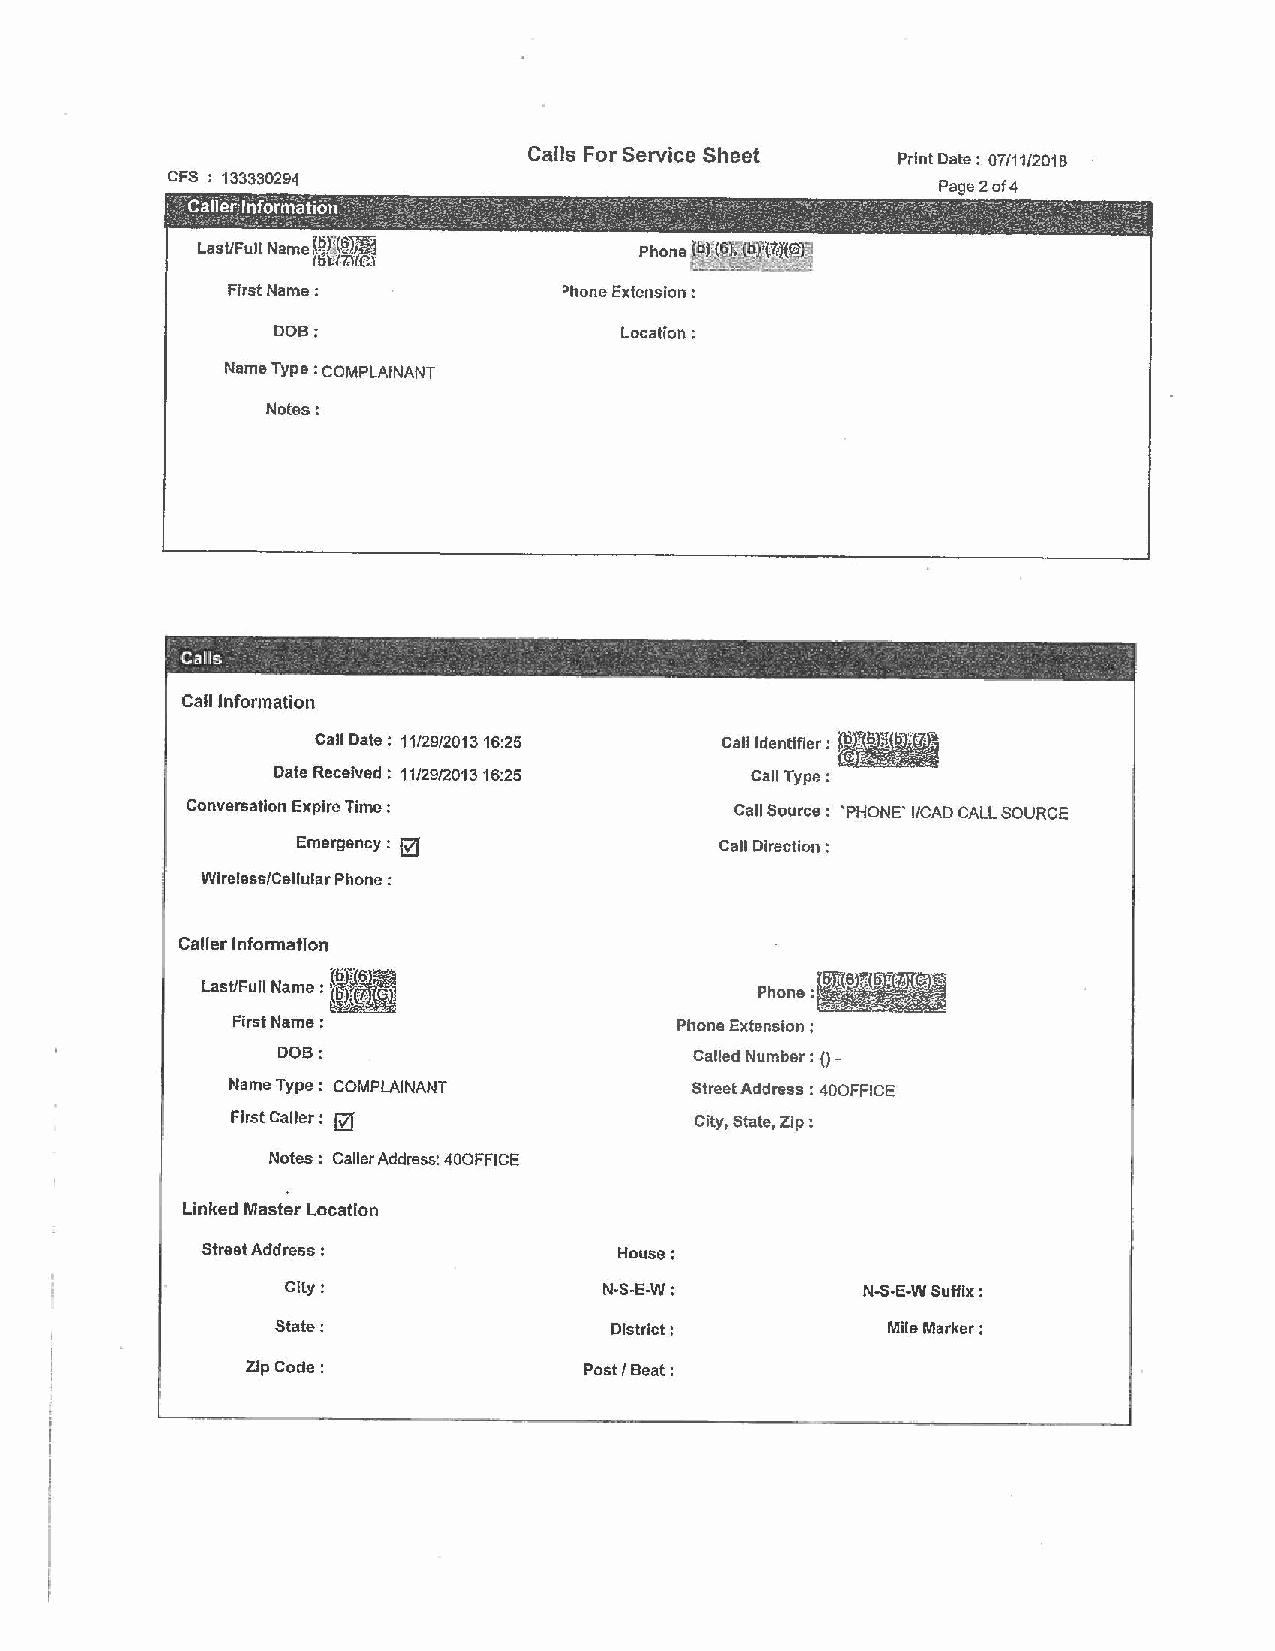
Calls For Service Sheet
 Prl nt Date : 07/11/2018
 CFS : 133330294
 Page 2of4
 Phone t&);(~(h~~~
 ~J:L~
 First Name:           ~hone Extension :
 DOB:                   Location;
 Name Type : COMPLAINANT
 Notes:
 - -      - -                -   -     . -     .       -
 Cal,ls            _         ~ _                  _ _
 Call Information
 Call Dale: 11/29/2013 16:25 Cali ldentlfler :
 Date Received : 11/29/2013 16:25 Call Type:
 Conversation Expire Time :           Call Source : 'PHONE' I/CAD CALL SOURCE
 Emergency : @               Call Direction :
 Wlreless{Cellular Phone:
 Caller Information
 Last/Full Name : •                   Phone:
 First Name:                   Phone Extension:
 DOB:
 Called Number : () -
 Name Type : COMPLAINANT        Street Address: 400FFICE
 First Caller: @                City, State, Zip:
 Notes : Caller Address: 400FFICE
 Linked Master Location
 Street Address :            House:
 City:                N-S-E-W:         N·S·E·W Suffix:
 State:                District:          Mile Marker:
 Zip Code:              Post/ Beat: